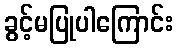
ခွင့်မပြုပါကြောင်း